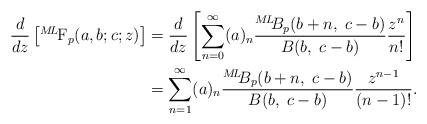
LaTeX: \begin{align*} \frac{d}{dz}\left[{}^{M\!L\!}\textrm{F}_{p}(a,b;c;z) \right] &= \frac{d}{dz} \left[\sum_{n=0}^{\infty} (a)_n \frac{{}^{M\!L\!\!}B_{p}(b+n,\;c-b)}{B(b,\;c-b)} \frac{z^n}{n!} \right]& \\ &= \sum_{n=1}^{\infty} (a)_n \frac{{}^{M\!L\!\!}B_{p}(b+n,\;c-b)}{B(b,\;c-b)} \frac{z^{n-1}}{(n-1)!}.&\end{align*}